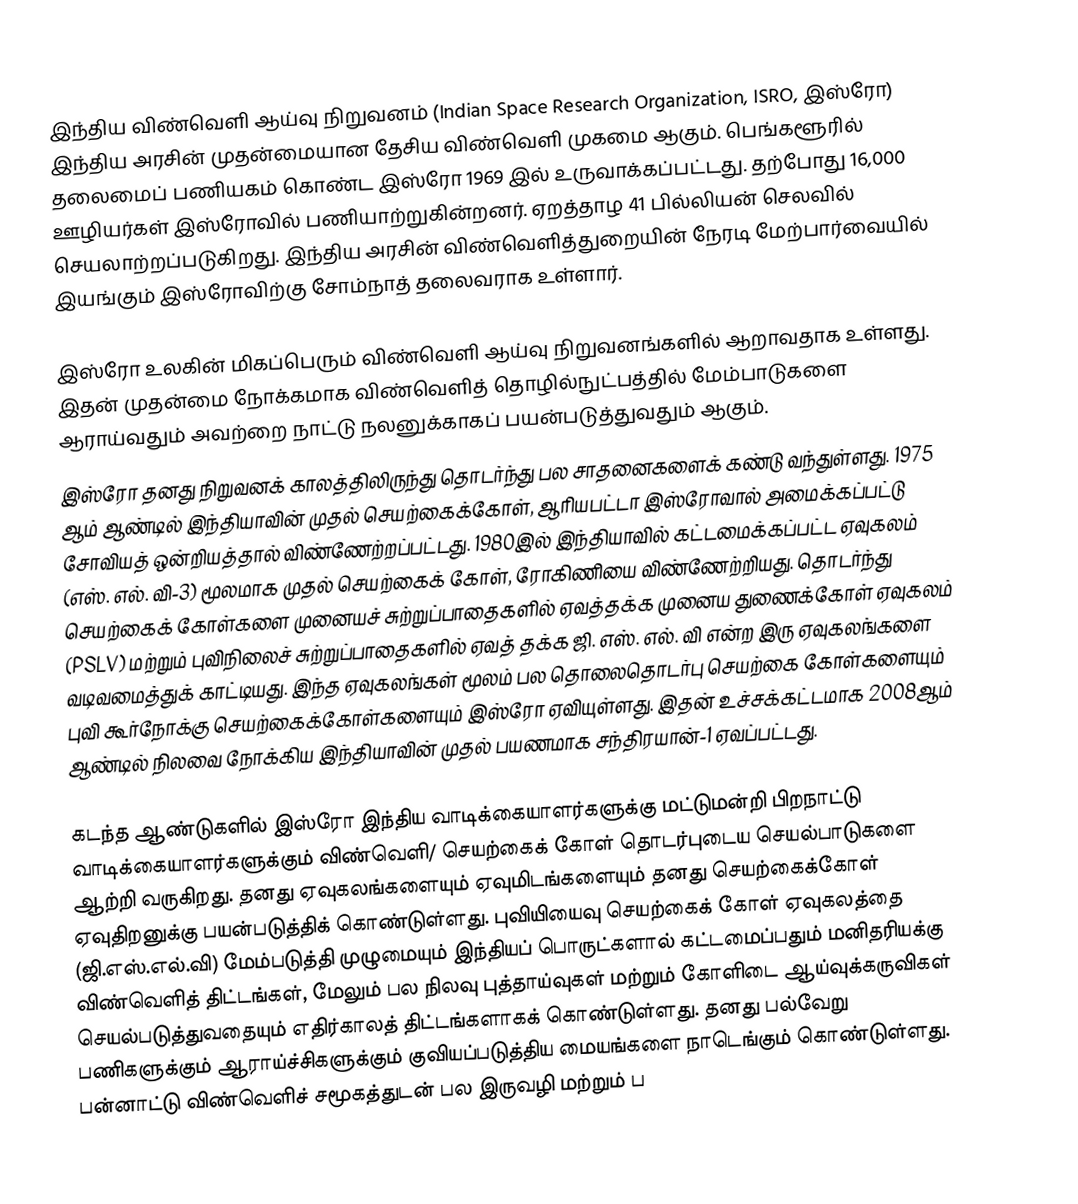
இந்திய விண்வெளி ஆய்வு நிறுவனம் (Indian Space Research Organization, ISRO, இஸ்ரோ) இந்திய அரசின் முதன்மையான தேசிய விண்வெளி முகமை ஆகும். பெங்களூரில் தலைமைப் பணியகம் கொண்ட இஸ்ரோ 1969 இல் உருவாக்கப்பட்டது. தற்போது 16,000 ஊழியர்கள் இஸ்ரோவில் பணியாற்றுகின்றனர். ஏறத்தாழ 41 பில்லியன்  செலவில் செயலாற்றப்படுகிறது. இந்திய அரசின் விண்வெளித்துறையின் நேரடி மேற்பார்வையில் இயங்கும் இஸ்ரோவிற்கு சோம்நாத் தலைவராக உள்ளார்.

இஸ்ரோ உலகின் மிகப்பெரும் விண்வெளி ஆய்வு நிறுவனங்களில் ஆறாவதாக உள்ளது. இதன் முதன்மை நோக்கமாக விண்வெளித் தொழில்நுட்பத்தில் மேம்பாடுகளை ஆராய்வதும் அவற்றை நாட்டு நலனுக்காகப் பயன்படுத்துவதும் ஆகும்.
இஸ்ரோ தனது நிறுவனக் காலத்திலிருந்து தொடர்ந்து பல சாதனைகளைக் கண்டு வந்துள்ளது. 1975 ஆம் ஆண்டில் இந்தியாவின் முதல் செயற்கைக்கோள், ஆரியபட்டா இஸ்ரோவால் அமைக்கப்பட்டு சோவியத் ஒன்றியத்தால் விண்ணேற்றப்பட்டது. 1980இல் இந்தியாவில் கட்டமைக்கப்பட்ட ஏவுகலம் (எஸ். எல். வி-3) மூலமாக  முதல் செயற்கைக் கோள், ரோகிணியை விண்ணேற்றியது. தொடர்ந்து  செயற்கைக் கோள்களை முனையச் சுற்றுப்பாதைகளில்  ஏவத்தக்க முனைய துணைக்கோள் ஏவுகலம் (PSLV) மற்றும் புவிநிலைச் சுற்றுப்பாதைகளில் ஏவத் தக்க ஜி. எஸ். எல். வி என்ற இரு ஏவுகலங்களை வடிவமைத்துக் காட்டியது. இந்த ஏவுகலங்கள் மூலம் பல தொலைதொடர்பு செயற்கை கோள்களையும் புவி கூர்நோக்கு செயற்கைக்கோள்களையும் இஸ்ரோ ஏவியுள்ளது. இதன் உச்சக்கட்டமாக 2008ஆம் ஆண்டில் நிலவை நோக்கிய இந்தியாவின் முதல் பயணமாக சந்திரயான்-1 ஏவப்பட்டது.

கடந்த ஆண்டுகளில் இஸ்ரோ இந்திய வாடிக்கையாளர்களுக்கு மட்டுமன்றி பிறநாட்டு வாடிக்கையாளர்களுக்கும் விண்வெளி/ செயற்கைக் கோள் தொடர்புடைய செயல்பாடுகளை ஆற்றி வருகிறது. தனது ஏவுகலங்களையும் ஏவுமிடங்களையும் தனது செயற்கைக்கோள் ஏவுதிறனுக்கு பயன்படுத்திக் கொண்டுள்ளது. புவியியைவு செயற்கைக் கோள் ஏவுகலத்தை (ஜி.எஸ்.எல்.வி) மேம்படுத்தி முழுமையும் இந்தியப் பொருட்களால் கட்டமைப்பதும் மனிதரியக்கு விண்வெளித் திட்டங்கள், மேலும் பல நிலவு புத்தாய்வுகள் மற்றும் கோளிடை ஆய்வுக்கருவிகள் செயல்படுத்துவதையும் எதிர்காலத் திட்டங்களாகக் கொண்டுள்ளது. தனது பல்வேறு பணிகளுக்கும் ஆராய்ச்சிகளுக்கும் குவியப்படுத்திய மையங்களை நாடெங்கும் கொண்டுள்ளது. பன்னாட்டு விண்வெளிச் சமூகத்துடன் பல இருவழி மற்றும் ப